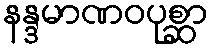
နန္ဒမာဏဝပုစ္ဆာ